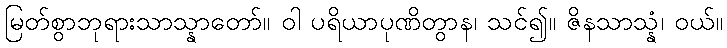
မြတ်စွာဘုရားသာသ္နာတော်။ ဝါ ပရိယာပုဏိတွာန၊ သင်၍။ ဇိနသာသ္နံ၊ ဝယ်။